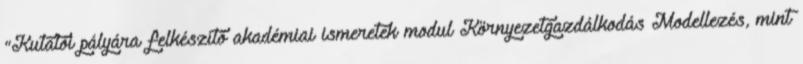
"Kutatói pályára felkészítő akadémiai ismeretek modul Környezetgazdálkodás Modellezés, mint